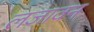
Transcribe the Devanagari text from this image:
लजावन